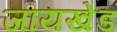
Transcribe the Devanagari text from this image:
जायखेड